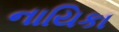
નાયિકા